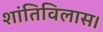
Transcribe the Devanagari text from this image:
शांतिविलास।